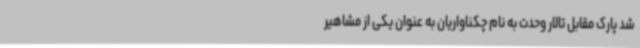
شد پارک مقابل تالار وحدت به نام چکناواریان به عنوان یکی از مشاهیر